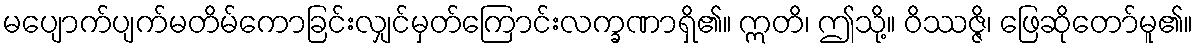
မပျောက်ပျက်မတိမ်ကောခြင်းလျှင်မှတ်ကြောင်းလက္ခဏာရှိ၏။ ဣတိ၊ ဤသို့။ ဝိဿဇ္ဇိ၊ ဖြေဆိုတော်မူ၏။